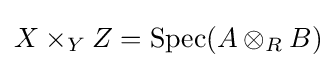
X\times _{Y}Z=\operatorname {Spec} (A\otimes _{R}B)